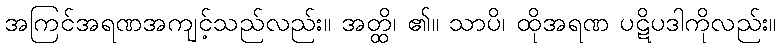
အကြင်အရဏအကျင့်သည်လည်း။ အတ္ထိ၊ ၏။ သာပိ၊ ထိုအရဏ ပဋိပဒါကိုလည်း။